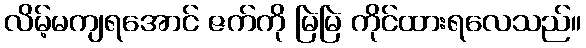
လိမ့်မကျရအောင် ဇက်ကို မြဲမြဲ ကိုင်ထားရလေသည်။